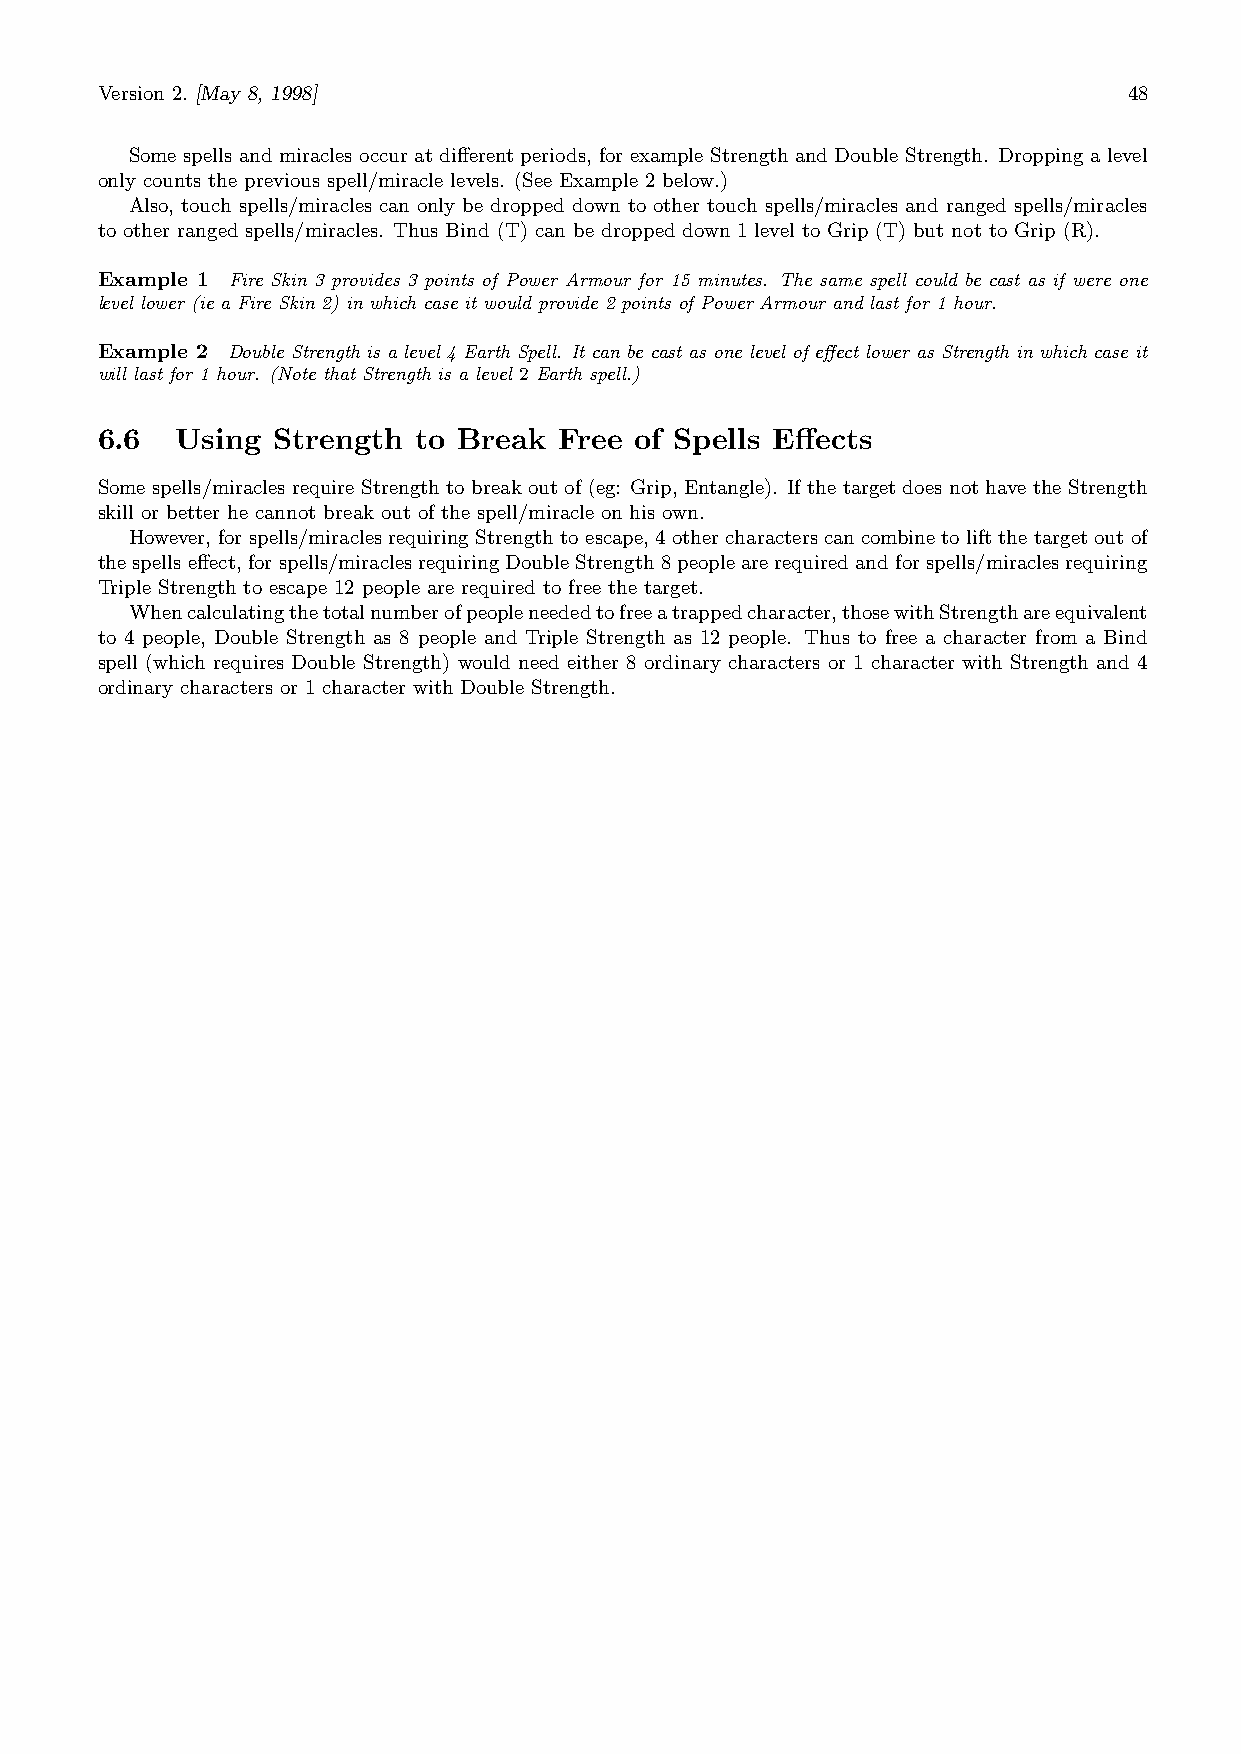
Version 2. [May 8, 1998]                                             48
 Some spells and miracles occur at different periods, for example Strength and Double Strength. Dropping a level
 only counts the previous spell/miracle levels. (See Example 2 below.)
 Also, touch spells/miracles can only be dropped down to other touch spells/miracles and ranged spells/miracles
 to other ranged spells/miracles. Thus Bind (T) can be dropped down 1 level to Grip (T) but not to Grip (R).
 Example 1 Fire Skin 3 provides 3 points of Power Armour for 15 minutes. The same spell could be cast as if were one
 level lower (ie a Fire Skin 2) in which case it would provide 2 points of Power Armour and last for 1 hour.
 Example 2 Double Strength is a level 4 Earth Spell. It can be cast as one level of effect lower as Strength in which case it
 will last for 1 hour. (Note that Strength is a level 2 Earth spell.)
 6.6   Using Strength  to Break Free of Spells Effects
 Some spells/miracles require Strength to break out of (eg: Grip, Entangle). If the target does not have the Strength
 skill or better he cannot break out of the spell/miracle on his own.
 However, forspells/miraclesrequiringStrengthtoescape, 4othercharacterscancombinetoliftthetargetoutof
 thespellseffect,forspells/miraclesrequiringDoubleStrength8peoplearerequiredandforspells/miraclesrequiring
 Triple Strength to escape 12 people are required to free the target.
 Whencalculatingthetotalnumberofpeopleneededtofreeatrappedcharacter,thosewithStrengthareequivalent
 to 4 people, Double Strength as 8 people and Triple Strength as 12 people. Thus to free a character from a Bind
 spell (which requires Double Strength) would need either 8 ordinary characters or 1 character with Strength and 4
 ordinary characters or 1 character with Double Strength.